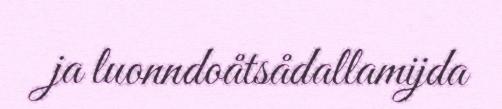
ja luonndoåtsådallamijda